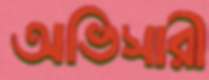
অভিসারী